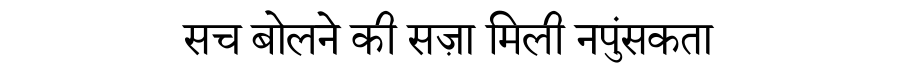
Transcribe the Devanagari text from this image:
सच बोलने की सज़ा मिली नपुंसकता